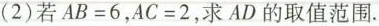
(2)若$$AB=6$$，$$AC=2$$，求AD的取值范围。